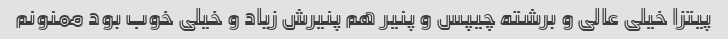
پیتزا خیلی عالی و برشته چیپس و پنیر هم پنیرش زیاد و خیلی خوب بود ممنونم